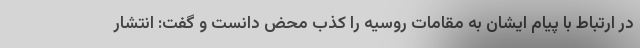
در ارتباط با پیام ایشان به مقامات روسیه را کذب محض دانست و گفت: انتشار